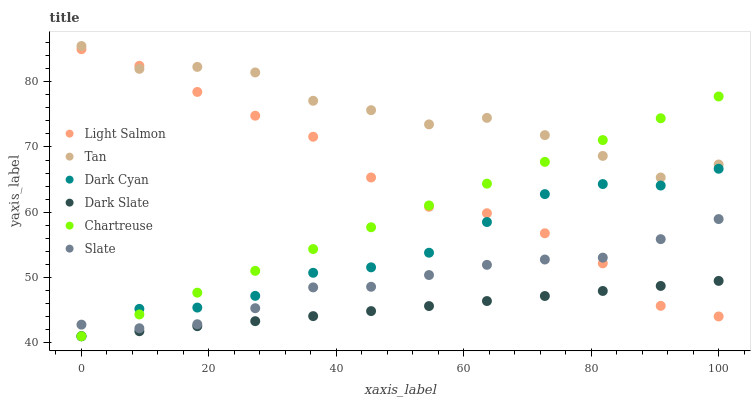
| xaxis_label | Light Salmon | Tan | Dark Cyan | Dark Slate | Chartreuse | Slate |
 | --- | --- | --- | --- | --- | --- | --- |
 | 0 | 85 | 85.5 | 41 | 41 | 41 | 42.8 |
 | 9.09 | 82.4 | 82 | 45.2 | 41.8 | 44.3 | 42.2 |
 | 18.2 | 78.4 | 82.3 | 45.4 | 42.5 | 47.7 | 42.8 |
 | 27.3 | 74.8 | 81.4 | 47.2 | 43.3 | 51 | 45.3 |
 | 36.4 | 71.6 | 77.1 | 50.7 | 44.1 | 54.4 | 48.5 |
 | 45.5 | 65.3 | 75.6 | 51.6 | 44.9 | 57.7 | 48.6 |
 | 54.5 | 60.8 | 73.5 | 53.8 | 45.6 | 61 | 50.4 |
 | 63.6 | 59.8 | 74.5 | 58.5 | 46.4 | 64.4 | 51.9 |
 | 72.7 | 56.8 | 71.8 | 62.8 | 47.2 | 67.7 | 52.8 |
 | 81.8 | 52.2 | 68.6 | 64.3 | 47.9 | 71.1 | 53 |
 | 90.9 | 45.7 | 65.3 | 64.1 | 48.7 | 74.4 | 55.9 |
 | 100 | 44 | 67.3 | 66.7 | 49.5 | 77.7 | 59 |